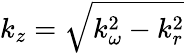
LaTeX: k_{z}=\sqrt{k_{\omega}^{2}-k_{r}^{2}}